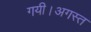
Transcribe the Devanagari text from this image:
गयी।अगस्त